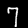
Digit: 7